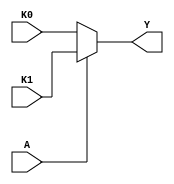
module single_variable_kmap (
    input wire A,  // Input variable
    input wire K0, // K-map cell for A = 0
    input wire K1, // K-map cell for A = 1
    output wire Y  // Output
);

// Combinational logic to determine output based on the K-map cells
assign Y = (A == 1'b0) ? K0 : K1;

endmodule